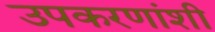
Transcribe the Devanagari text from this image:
उपकरणांशी